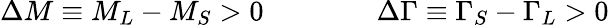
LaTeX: \Delta M\equiv M_{L}-M_{S}>0\qquad\qquad\Delta\Gamma\equiv\Gamma_{S}-\Gamma_{L}>0